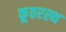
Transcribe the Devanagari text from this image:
कूठरस्थ